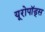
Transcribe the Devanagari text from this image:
यूरोपॉड्स